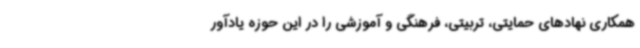
همکاری نهادهای حمایتی، تربیتی، فرهنگی و آموزشی را در این حوزه یادآور